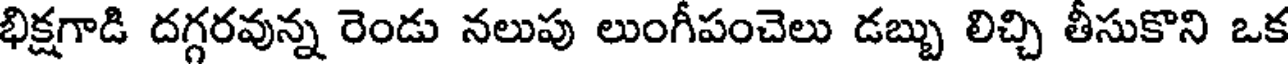
భిక్షగాడి దగ్గరవున్న రెండు నలుపు లుంగీపంచెలు డబ్బు లిచ్చి తీసుకొని ఒక